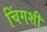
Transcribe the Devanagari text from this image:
चिंगशी